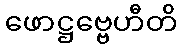
ဖောဋ္ဌဗ္ဗေဟီတိ